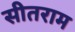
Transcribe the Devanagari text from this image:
सीतराम